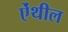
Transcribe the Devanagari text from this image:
ऐंथील